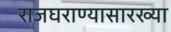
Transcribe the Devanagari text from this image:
राजघराण्यासारख्या